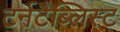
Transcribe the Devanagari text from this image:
टर्नटैब्लिस्ट